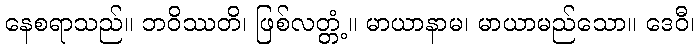
နေစရာသည်။ ဘဝိဿတိ၊ ဖြစ်လတ္တံ့။ မာယာနာမ၊ မာယာမည်သော။ ဒေဝီ၊